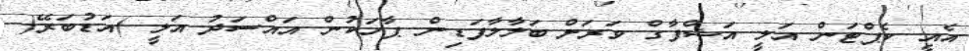
އެއީ ކެޕްޓަން އަލީ އަޝްފާގް ވަރަށް ބަލާލާފަޑިން ޕާހަކުން އައްސަދު އަލީ )އަޑުބަރޭ(